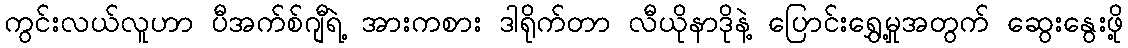
ကွင်းလယ်လူဟာ ပီအက်စ်ဂျီရဲ့ အားကစား ဒါရိုက်တာ လီယိုနာဒိုနဲ့ ပြောင်းရွှေ့မှုအတွက် ဆွေးနွေးဖို့